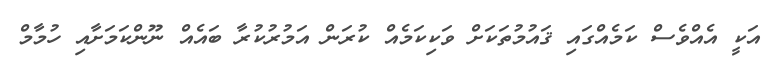
އަކީ އެއްވެސް ކަމެއްގައި ޤައުމުތަކަށް ވަކިކަމެއް ކުރަން އަމުރުކުރާ ބައެއް ނޫންކަމަށާއި ހުމާމް